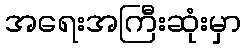
အရေးအကြီးဆုံးမှာ